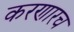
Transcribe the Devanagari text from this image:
करणारच